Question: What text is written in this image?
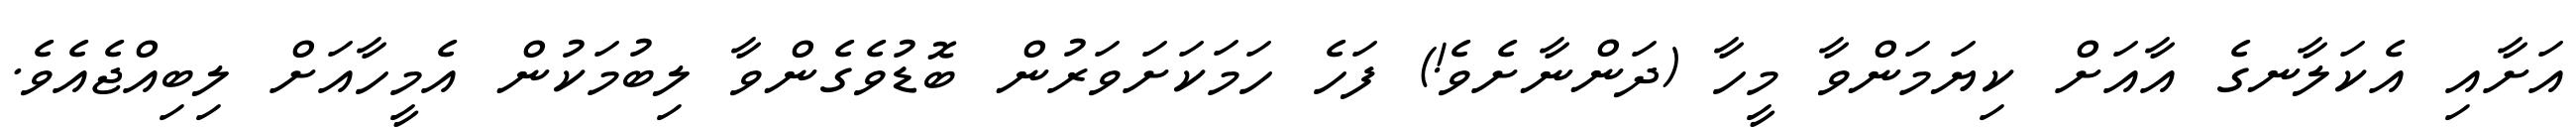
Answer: އަށާއި އެކަލާނގެ އާއަށް ކިޔަމަންވާ މީހާ (ދަންނާށެވެ!) ފަހެ ހަމަކަށަވަރުން ބޮޑުވެގެންވާ ލިބުމަކުން އެމީހާއަށް ލިބިއްޖެއެވެ.